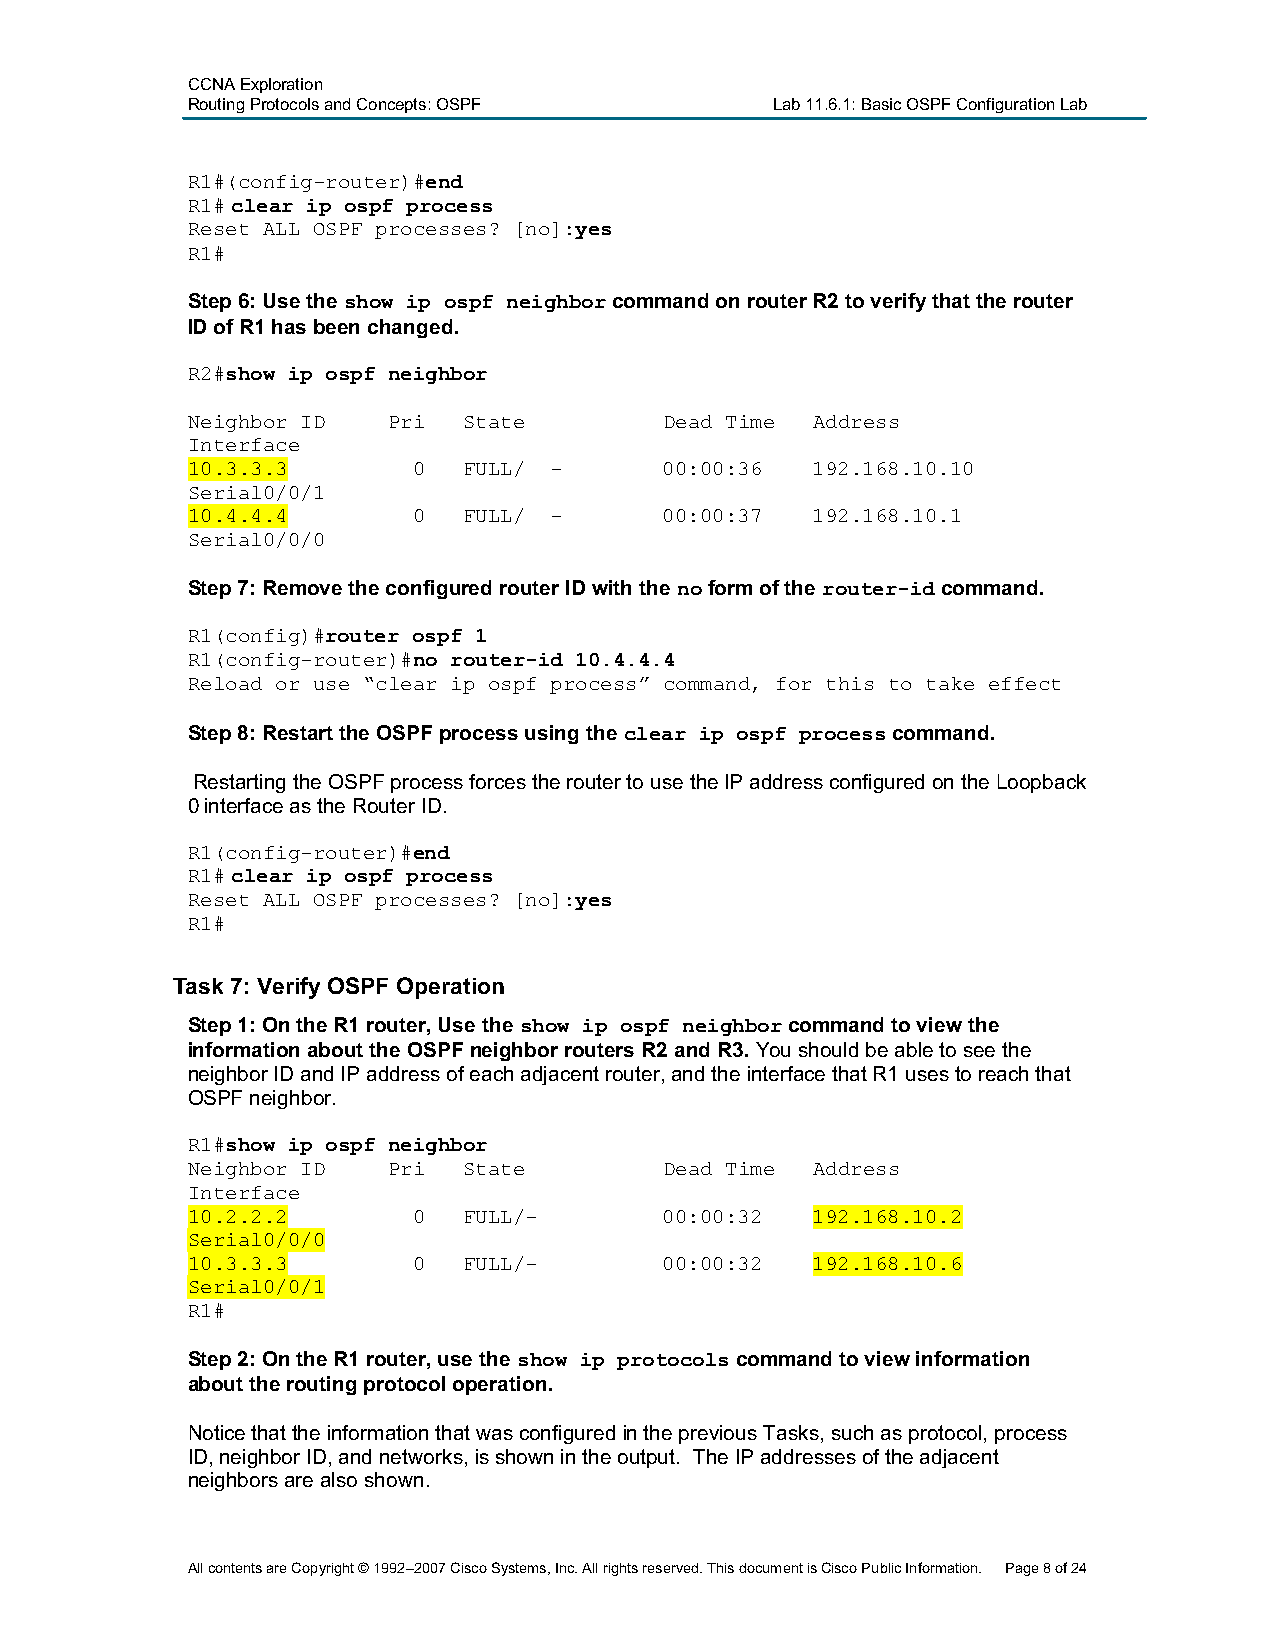
CCNA Exploration
 Routing Protocols and Concepts:OSPF    Lab 11.6.1: Basic OSPF Configuration Lab
 R1#(config-router)#end
 R1# clear ip ospf process
 Reset ALL OSPF processes? [no]:yes
 R1#
 Step 6:Use the show ip ospf neighborcommandon router R2 to verify that the router
 ID of R1 has been changed.
 R2#show ip ospf neighbor
 Neighbor ID   Pri  State        Dead Time Address
 Interface
 10.3.3.3       0   FULL/ -      00:00:36  192.168.10.10
 Serial0/0/1
 10.4.4.4       0   FULL/ -      00:00:37  192.168.10.1
 Serial0/0/0
 Step 7:Remove the configured router ID with the noform of the router-idcommand.
 R1(config)#router ospf 1
 R1(config-router)#no router-id 10.4.4.4
 Reload or use “clear ip ospf process” command, for this to take effect
 Step 8:Restart the OSPF process using the clear ip ospf processcommand.
 Restarting the OSPF processforcesthe router to use the IP address configured on the Loopback
 0 interface as the Router ID.
 R1(config-router)#end
 R1# clear ip ospf process
 Reset ALL OSPF processes? [no]:yes
 R1#
 Task 7: VerifyOSPF Operation
 Step 1:On the R1 router, Use the show ip ospf neighborcommand to view the
 information about the OSPF neighbor routers R2 and R3.You should be able to see the
 neighbor ID andIP address of eachadjacent router,and the interface that R1uses to reach that
 OSPFneighbor.
 R1#show ip ospf neighbor
 Neighbor ID   Pri  State        Dead Time Address
 Interface
 10.2.2.2       0   FULL/-       00:00:32  192.168.10.2
 Serial0/0/0
 10.3.3.3       0   FULL/-       00:00:32  192.168.10.6
 Serial0/0/1
 R1#
 Step 2:On the R1 router, use the show ip protocolscommand to view information
 about the routing protocol operation.
 Notice that the information that was configured in the previous Tasks, such as protocol, process
 ID,neighbor ID,and networks, is shown in the output. The IP addresses of the adjacent
 neighbors are also shown.
 All contents are Copyright © 1992–2007 Cisco Systems, Inc. All rights reserved. This document is Cisco Public Information. Page 8of 24